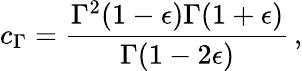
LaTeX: c_{\Gamma}=\frac{\Gamma^{2}(1-\epsilon)\Gamma(1+\epsilon)}{\Gamma(1-2\epsilon)}\, ,